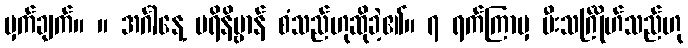
မှက်ချက်။ ။ အင်္ဂါနေ့ ပရိနိဗ္ဗာန် စံသည်ဟုဆိုခဲ့၏။ ၇ ရက်ကြာမှ မီးသင်္ဂြိုဟ်သည်ဟု